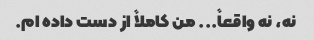
نه، نه واقعاً... من کاملاً از دست داده ام.